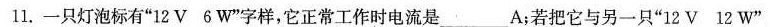
11.一只灯泡标有”12V 6W”字样，它正常工作时电流是___A；若把它与另一只”l2V 12W”